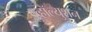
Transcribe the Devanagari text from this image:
इव्हॉल्युशन